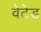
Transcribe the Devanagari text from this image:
वेटेड